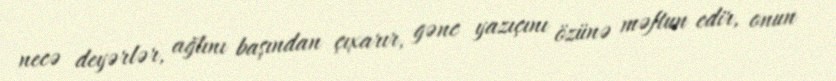
necə deyərlər, ağlını başından çıxarır, gənc yazıçını özünə məftun edir, onun